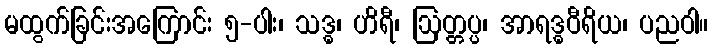
မထွက်ခြင်းအကြောင်း ၅-ပါး၊ သဒ္ဓ၊ ဟိရီ၊ ဩတ္တပ္ပ၊ အာရဒ္ဓဝီရိယ၊ ပညဝါ။